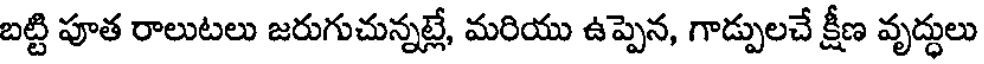
బట్టి పూత రాలుటలు జరుగుచున్నట్లే, మరియు ఉప్పెన, గాడ్పులచే క్షీణ వృద్ధులు